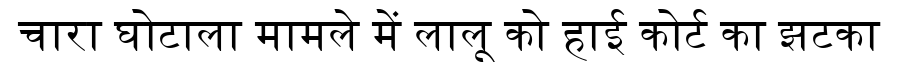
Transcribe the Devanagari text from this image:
चारा घोटाला मामले में लालू को हाई कोर्ट का झटका